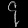
Digit: ၄